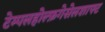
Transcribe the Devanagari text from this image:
टेम्पलहोल्फ़गेसेलशाफ्ट